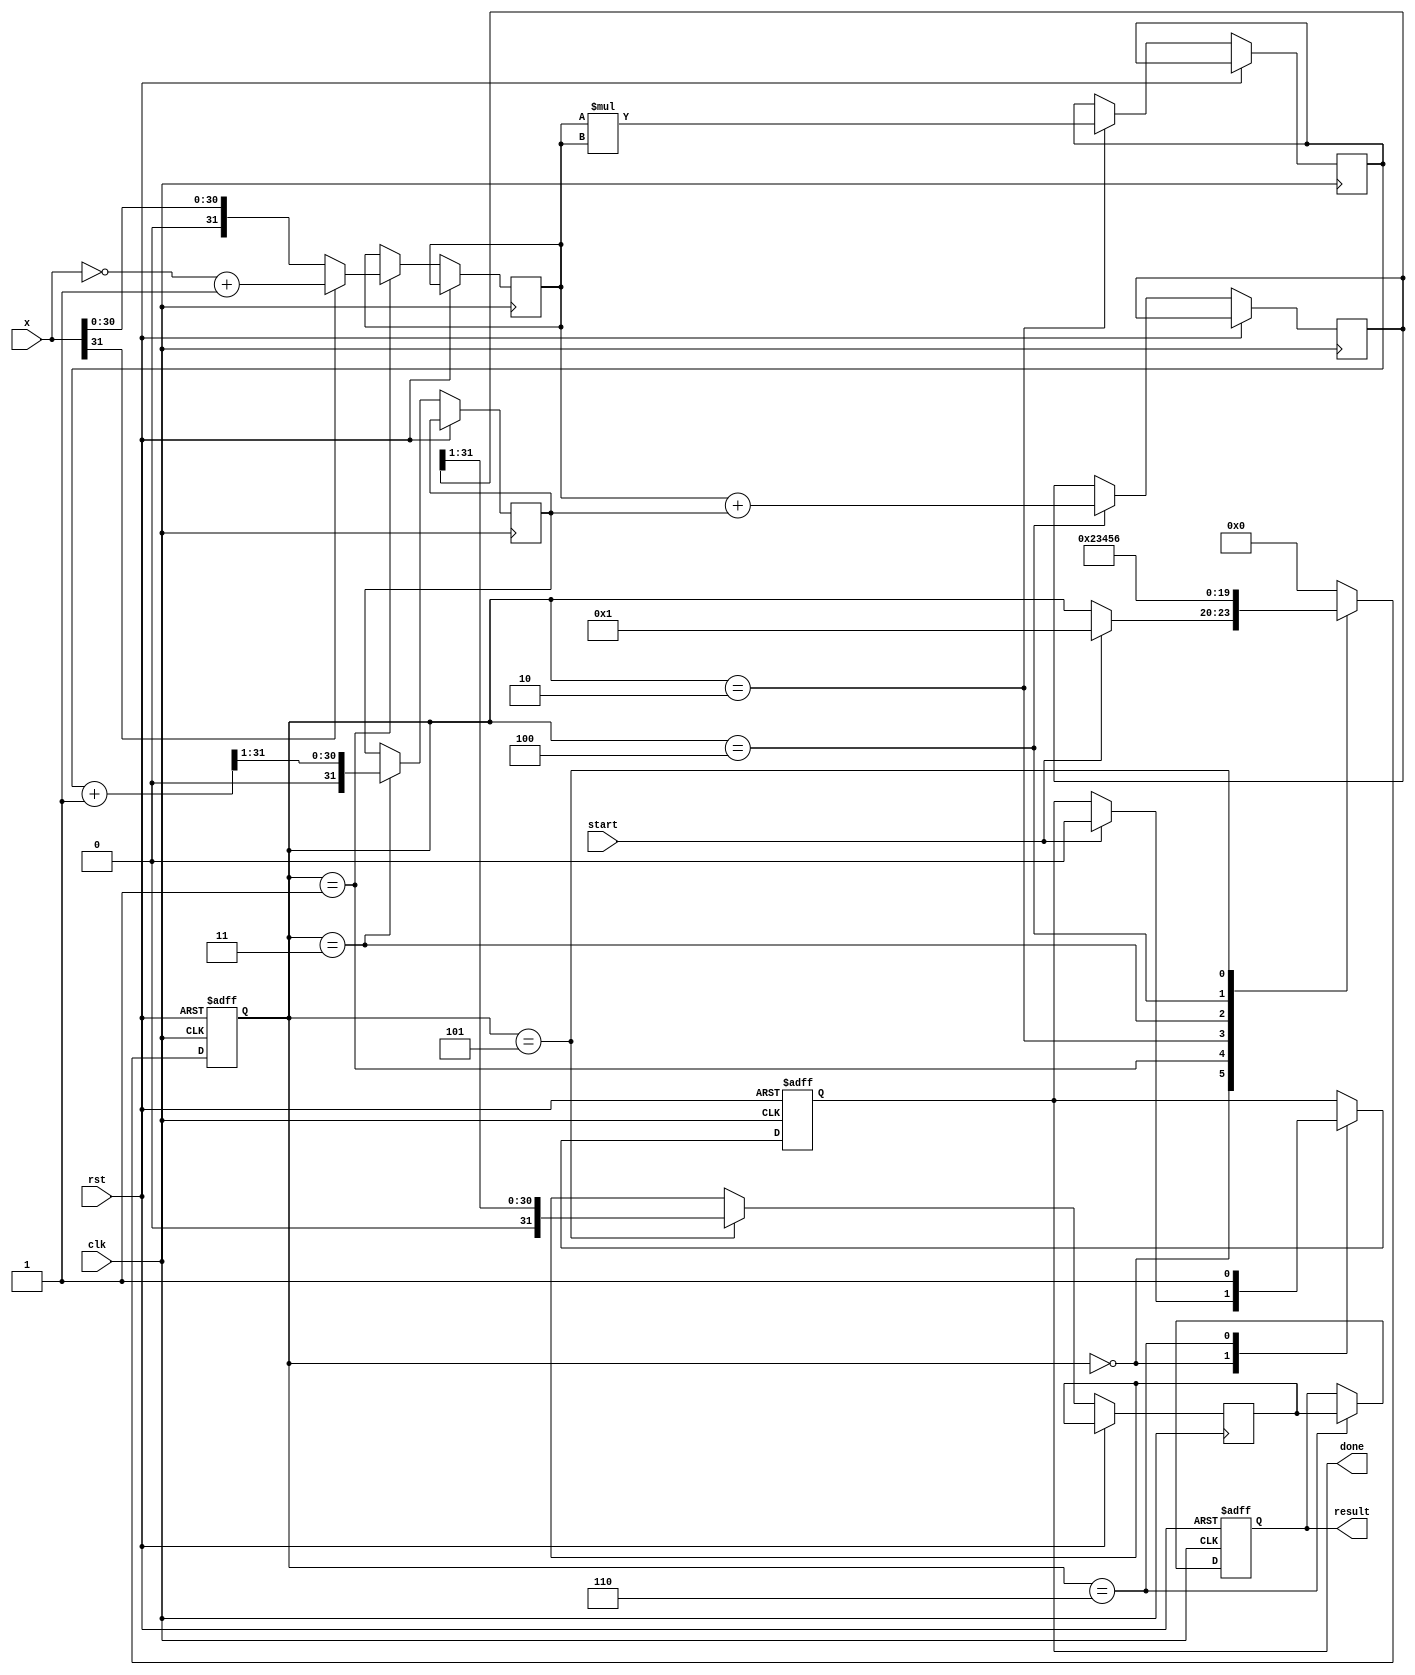
module asinh (
    input wire clk,
    input wire rst,
    input wire [31:0] x,  // Input: 32-bit fixed-point number
    output reg [31:0] result,  // Output: 32-bit fixed-point number
    input wire start,
    output reg done
);

    reg [31:0] x_abs;         // Absolute value of x
    reg [31:0] x_squared;     // x^2
    reg [31:0] sqrt_term;     // sqrt(x^2 + 1)
    reg [31:0] addition;      // x + sqrt(x^2 + 1)
    reg [31:0] ln_result;     // ln(addition)

    reg [3:0] state;          // FSM state
    localparam IDLE = 4'b0000,
               ABSOLUTE = 4'b0001,
               SQUARE = 4'b0010,
               SQRT = 4'b0011,
               ADD = 4'b0100,
               LOG = 4'b0101,
               OUTPUT = 4'b0110;

    always @(posedge clk or posedge rst) begin
        if (rst) begin
            state <= IDLE;
            result <= 32'b0;
            done <= 1'b0;
        end else begin
            case (state)
                IDLE: begin
                    if (start) begin
                        state <= ABSOLUTE;
                        done <= 1'b0;
                    end
                end

                ABSOLUTE: begin
                    x_abs <= (x[31] == 1'b1) ? (~x + 1) : x; // Calculate |x|
                    state <= SQUARE;
                end

                SQUARE: begin
                    x_squared <= x_abs * x_abs; // Calculate x^2
                    state <= SQRT;
                end

                SQRT: begin
                    sqrt_term <= sqrt(x_squared + 32'h1); // Calculate sqrt(x^2 + 1)
                    state <= ADD;
                end

                ADD: begin
                    addition <= x_abs + sqrt_term; // Calculate x + sqrt(x^2 + 1)
                    state <= LOG;
                end

                LOG: begin
                    ln_result <= ln(addition); // Calculate ln(x + sqrt(x^2 + 1))
                    state <= OUTPUT;
                end

                OUTPUT: begin
                    result <= ln_result; // Set the result
                    done <= 1'b1; // Indicate that the computation is done
                    state <= IDLE; // Go back to IDLE
                end

                default: state <= IDLE;
            endcase
        end
    end

    // Placeholder for square root function
    function [31:0] sqrt(input [31:0] value);
        // Implement a square root function here
        // For simplicity, this is a stub. You can use a CORDIC or other methods.
        sqrt = value >> 1; // Example: naive implementation (not accurate)
    endfunction

    // Placeholder for natural logarithm function
    function [31:0] ln(input [31:0] value);
        // Implement a natural logarithm function here
        // For simplicity, this is a stub. You can use a lookup table or other methods.
        ln = value >> 1; // Example: naive implementation (not accurate)
    endfunction

endmodule